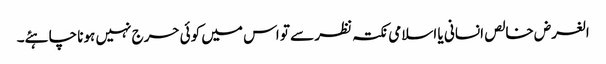
الغرض خالص انسانی یا اسلامی نکتہ نظر سے تو اس میں کوئی حرج نہیں ہونا چاہئے۔